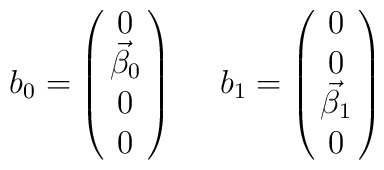
b_0 =\left(\matrix{ 0 \cr \vec \beta_0 \cr 0 \cr 0 } \right) ~~~~b_1 =\left(\matrix{ 0 \cr 0 \cr \vec \beta_1 \cr 0 } \right)